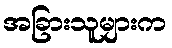
အခြားသူများက